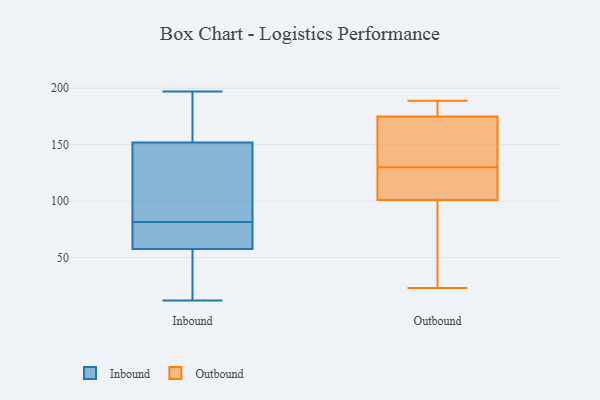
{"axis": {"x": "Conversion Rate (%)", "y": "Value"}, "legend": ["Inbound", "Outbound"], "data": [{"x": "", "y": 77, "type": "Inbound"}, {"x": "", "y": 37, "type": "Inbound"}, {"x": "", "y": 51, "type": "Inbound"}, {"x": "", "y": 197, "type": "Inbound"}, {"x": "", "y": 105, "type": "Inbound"}, {"x": "", "y": 80, "type": "Inbound"}, {"x": "", "y": 44, "type": "Inbound"}, {"x": "", "y": 160, "type": "Inbound"}, {"x": "", "y": 83, "type": "Inbound"}, {"x": "", "y": 34, "type": "Inbound"}, {"x": "", "y": 64, "type": "Inbound"}, {"x": "", "y": 64, "type": "Inbound"}, {"x": "", "y": 156, "type": "Inbound"}, {"x": "", "y": 112, "type": "Inbound"}, {"x": "", "y": 76, "type": "Inbound"}, {"x": "", "y": 110, "type": "Inbound"}, {"x": "", "y": 180, "type": "Inbound"}, {"x": "", "y": 12, "type": "Inbound"}, {"x": "", "y": 148, "type": "Inbound"}, {"x": "", "y": 196, "type": "Inbound"}, {"x": "", "y": 23, "type": "Outbound"}, {"x": "", "y": 173, "type": "Outbound"}, {"x": "", "y": 101, "type": "Outbound"}, {"x": "", "y": 175, "type": "Outbound"}, {"x": "", "y": 189, "type": "Outbound"}, {"x": "", "y": 102, "type": "Outbound"}, {"x": "", "y": 107, "type": "Outbound"}, {"x": "", "y": 153, "type": "Outbound"}, {"x": "", "y": 181, "type": "Outbound"}, {"x": "", "y": 83, "type": "Outbound"}]}